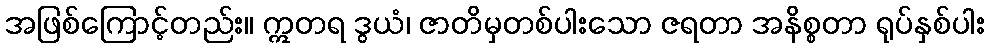
အဖြစ်ကြောင့်တည်း။ ဣတရ ဒွယံ၊ ဇာတိမှတစ်ပါးသော ဇရတာ အနိစ္စတာ ရုပ်နှစ်ပါး